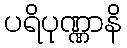
ပရိပုဏ္ဏာနိ